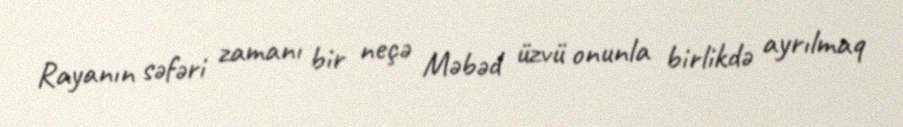
Rayanın səfəri zamanı bir neçə Məbəd üzvü onunla birlikdə ayrılmaq